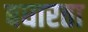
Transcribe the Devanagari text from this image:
बघारता